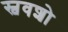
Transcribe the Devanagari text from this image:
स्ववशो